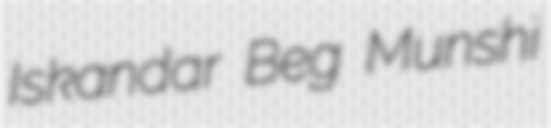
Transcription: Iskandar Beg Munshi